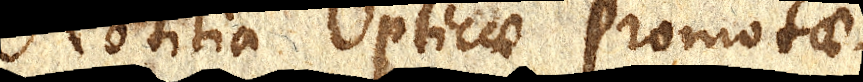
Notitia Opticae Promotae